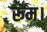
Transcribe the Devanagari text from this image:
रूम।